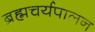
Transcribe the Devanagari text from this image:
ब्रह्मचर्यपालन